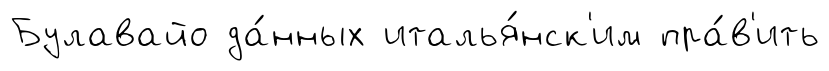
Булавайо да́нных италья́нск'им пра́в'ить